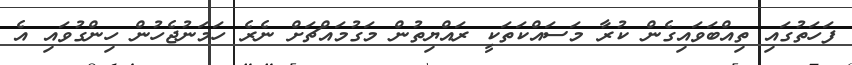
ފަހަތުގައި ތިއްބަވައިގެން ކުރާ މަސައްކަތަކީ ރައްޔިތުން މަގުމައްޗަށް ނެރެ ހަމަނުޖެހުން ހިންގުވައި އެ